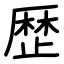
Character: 歴